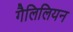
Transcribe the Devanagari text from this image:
गैलिलियन